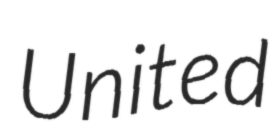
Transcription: United